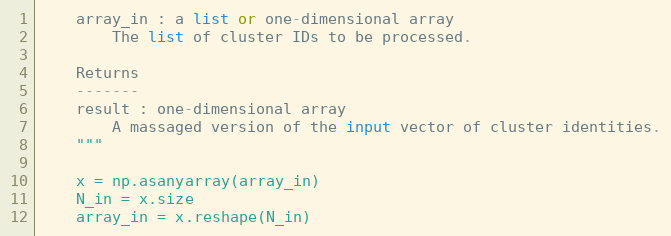
Language: Python
    array_in : a list or one-dimensional array
        The list of cluster IDs to be processed.

    Returns
    -------
    result : one-dimensional array
        A massaged version of the input vector of cluster identities.
    """

    x = np.asanyarray(array_in)
    N_in = x.size
    array_in = x.reshape(N_in)